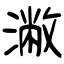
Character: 潎